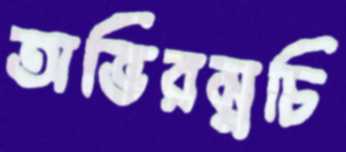
অভিরম্নচি